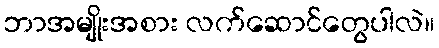
ဘာအမျိုးအစား လက်ဆောင်တွေပါလဲ။